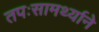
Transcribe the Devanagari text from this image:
तपःसामर्थ्याने